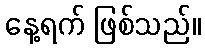
နေ့ရက် ဖြစ်သည်။